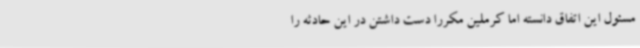
مسئول این اتفاق دانسته اما کرملین مکررا دست داشتن در این حادثه را